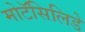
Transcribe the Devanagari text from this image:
मोटॅसिलिडे